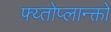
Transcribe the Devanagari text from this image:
फ्य्तोप्लान्क्तों